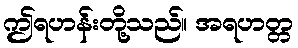
ဤရဟန်းတို့သည်။ အရဟတ္တ